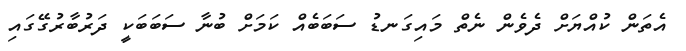
އެތަން ކުއްޔަށް ދެވެން ނެތް މައިގަނޑު ސަބަބެއް ކަމަށް ބުނާ ސަބަބަކީ ދަރުބާރުގޭގައި